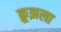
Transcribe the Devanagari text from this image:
क्रूझला